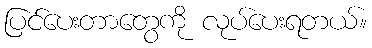
ပြင်ပေးတာတွေကို လုပ်ပေးရတယ်။